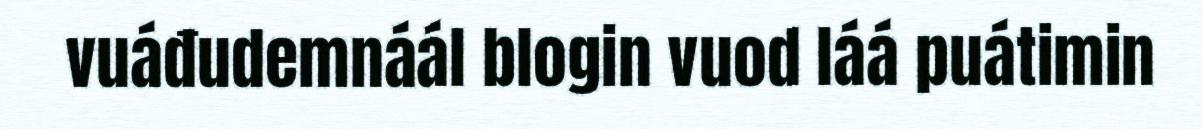
vuáđudemnáál blogin vuod láá puátimin